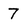
Character: 7